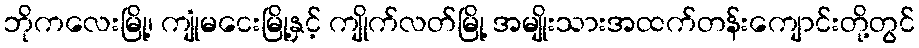
ဘိုကလေးမြို့၊ ကျုံမငေးမြို့နှင့် ကျိုက်လတ်မြို့ အမျိုးသားအထက်တန်းကျောင်းတို့တွင်